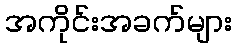
အကိုင်းအခက်များ